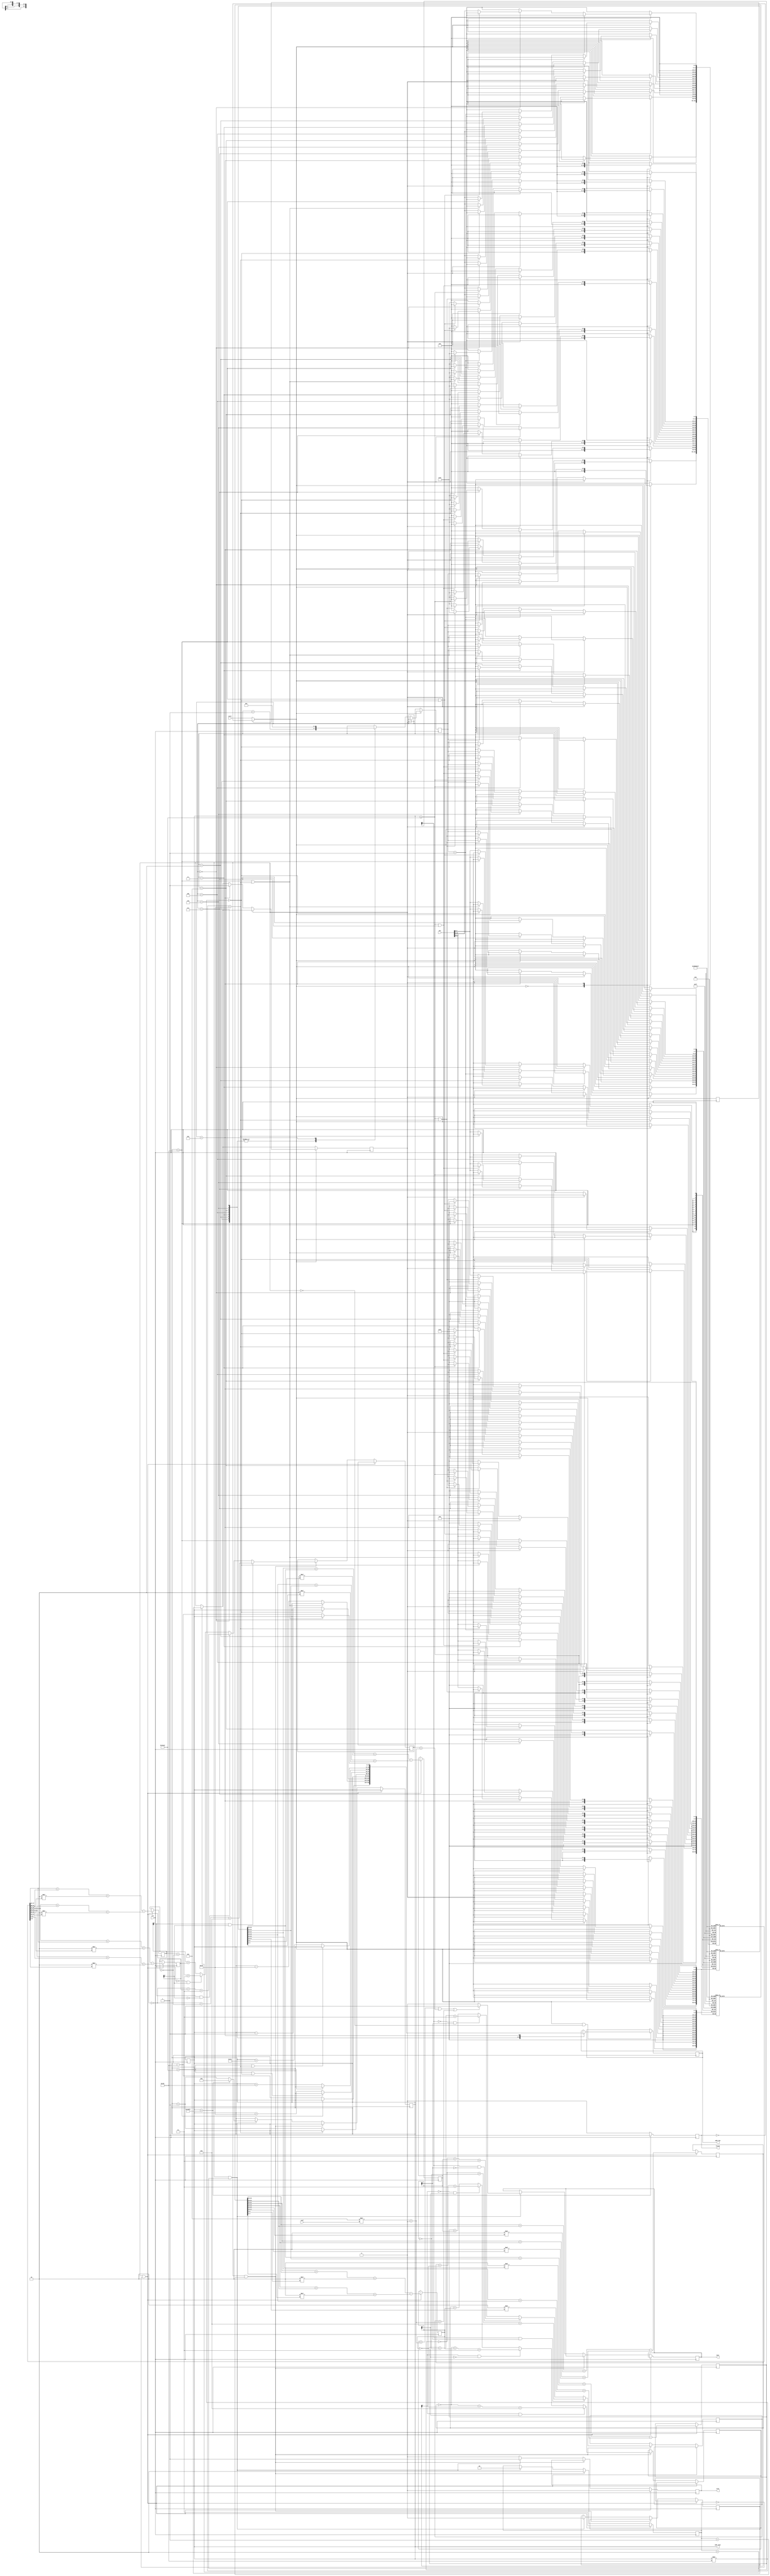
`timescale 1ns / 1ps
//////////////////////////////////////////////////////////////////////////////////
// Company: 
// Engineer: 
// 
// Design Name: 
// Module Name: sobel_op
// Project Name: 
// Target Devices: 
// Tool Versions: 
// Description: 
// 
// Dependencies: 
// 
// Revision:
// Revision 0.01 - File Created
// Additional Comments:
// 
//////////////////////////////////////////////////////////////////////////////////


module sobel_op(
    input clk,
    input start,
    input [15:0] din,
    input [3:0] coef,
    output reg [16:0] addr_din,
    output reg [16:0] addr_dout,
    output reg dout,
    output reg wren,
    output reg finish
    );
    
    parameter [7:0] 
    cnst1 = 5,
    cnst2 = 0;
    
    initial begin
        addr_din <= 0;
        addr_dout <= 0;
        wren <= 0;
    end
    
    reg [4:0] red_data [8:0];
    reg [5:0] green_data [8:0];
    reg [4:0] blue_data [8:0];
    reg [3:0] cnt = 0;
    reg next_state = 0;
    reg state = 0;
    reg packet = 0;
    reg packet_reg = 0;
    reg signed [7:0] sobelx_red = 0;
    reg signed [7:0] sobely_red = 0;
    reg signed [7:0] sobelx_green = 0;
    reg signed [7:0] sobely_green = 0;
    reg signed [7:0] sobelx_blue = 0;
    reg signed [7:0] sobely_blue = 0;
    reg [7:0] sobel_red = 0;
    reg [7:0] sobel_green = 0;
    reg [7:0] sobel_blue = 0;
    reg [1:0] op_finish = 0;
    wire [7:0] threshold;
    assign threshold = (cnst1 * coef) + cnst2; 
    always @ (*)    begin
        if (state == 0)
            next_state <= start;
        else
            next_state <= ~finish;
    end
    
    always @ (posedge clk)  begin
        state <= next_state;
    end
    
    always @ (posedge clk)  begin
			if ( op_finish == 2)
				packet <= packet_reg;
        case (next_state)
            0:  begin
            end
            1:  begin
                if ( packet == 0 )   begin
                    case (cnt)
                        0:  begin
                           if ( (addr_dout < 320) || (addr_dout % 320 == 0) ) begin
                              red_data [cnt] <= 0;
                              green_data [cnt] <= 0;
                              blue_data [cnt] <= 0;  
                           end
                           else begin
                               red_data [cnt] <= din [15:11];
                               green_data [cnt] <= din [10:5];
                               blue_data [cnt] <= din [4:0]; 
                           end
                           cnt <= cnt + 1;
                        end
                        
                        1:  begin
                           if (addr_dout < 320)  begin
                              red_data [cnt] <= 0;
                              green_data [cnt] <= 0;
                              blue_data [cnt] <= 0;  
                           end
                           else begin
                               red_data [cnt] <= din [15:11];
                               green_data [cnt] <= din [10:5];
                               blue_data [cnt] <= din [4:0]; 
                           end
                           cnt <= cnt + 1;
                        end
                        
                        2:  begin
                           if ( (addr_dout < 320) || (addr_dout % 320 == 319) ) begin
                              red_data [cnt] <= 0;
                              green_data [cnt] <= 0;
                              blue_data [cnt] <= 0;  
                           end
                           else begin
                               red_data [cnt] <= din [15:11];
                               green_data [cnt] <= din [10:5];
                               blue_data [cnt] <= din [4:0]; 
                           end
                           cnt <= cnt + 1;
                        end 
                        
                         3:  begin
                           if (addr_dout % 320 == 0) begin
                              red_data [cnt] <= 0;
                              green_data [cnt] <= 0;
                              blue_data [cnt] <= 0;  
                           end
                           else begin
                               red_data [cnt] <= din [15:11];
                               green_data [cnt] <= din [10:5];
                               blue_data [cnt] <= din [4:0]; 
                           end
                           cnt <= cnt + 1;
                        end    
                        
                        4:  begin
                           red_data [cnt] <= din [15:11];
                           green_data [cnt] <= din [10:5];
                           blue_data [cnt] <= din [4:0]; 
                           cnt <= cnt + 1;
                        end    
                        
                        5:  begin
                           if (addr_dout % 320 == 319) begin
                              red_data [cnt] <= 0;
                              green_data [cnt] <= 0;
                              blue_data [cnt] <= 0;  
                           end
                           else begin
                               red_data [cnt] <= din [15:11];
                               green_data [cnt] <= din [10:5];
                               blue_data [cnt] <= din [4:0]; 
                           end
                           cnt <= cnt + 1;
                        end    
                        
                        6:  begin
                           if ( (addr_dout >= 76480) || (addr_dout % 320 == 0) ) begin
                              red_data [cnt] <= 0;
                              green_data [cnt] <= 0;
                              blue_data [cnt] <= 0;  
                           end
                           else begin
                               red_data [cnt] <= din [15:11];
                               green_data [cnt] <= din [10:5];
                               blue_data [cnt] <= din [4:0]; 
                           end
                           cnt <= cnt + 1;
                        end
                        
                        7:  begin
                           if (addr_dout >= 76480) begin
                              red_data [cnt] <= 0;
                              green_data [cnt] <= 0;
                              blue_data [cnt] <= 0;  
                           end
                           else begin
                               red_data [cnt] <= din [15:11];
                               green_data [cnt] <= din [10:5];
                               blue_data [cnt] <= din [4:0]; 
                           end
                           cnt <= cnt + 1;
                        end   
                        
                         8:  begin
                           if ( (addr_dout >= 76480) || (addr_dout % 320 == 319) ) begin
                              red_data [cnt] <= 0;
                              green_data [cnt] <= 0;
                              blue_data [cnt] <= 0;  
                           end
                           else begin
                               red_data [cnt] <= din [15:11];
                               green_data [cnt] <= din [10:5];
                               blue_data [cnt] <= din [4:0]; 
                           end
                           cnt <= 0;
                           packet <= 1;
                        end 
                   endcase 
                end                                                                                                                       
            end
        endcase
    end
    
    always @ (posedge clk)  begin
        if ((next_state == 1) && (packet == 0))  begin
            case (cnt)
                0:
                    if (addr_dout <320)
                        addr_din <= addr_dout;
                    else
                        addr_din <= addr_dout - 320;
                        
                1:
                    if ((addr_dout < 320) || (addr_dout % 320 == 319))
                        addr_din <= addr_dout;
                    else
                        addr_din <= addr_dout - 319;

                2:
                    if (addr_dout % 320 == 0)
                        addr_din <= addr_dout;
                    else
                        addr_din <= addr_dout - 1; 
                        
                3:
                    addr_din <= addr_dout;
                    
                4:
                    if (addr_dout % 320 == 319)
                        addr_din <= addr_dout;
                    else
                        addr_din <= addr_dout + 1; 
                        
                5:
                    if ((addr_dout > 76480) || (addr_dout % 320 == 0))
                        addr_din <= addr_dout;
                    else
                        addr_din <= addr_dout + 319;  
                        
                6:
                    if (addr_dout > 76480)
                        addr_din <= addr_dout;
                    else
                        addr_din <= addr_dout + 320;      
                        
                7:
                    if ((addr_dout > 76480) || (addr_dout % 320 == 319))
                        addr_din <= addr_dout;
                    else
                        addr_din <= addr_dout + 321;
                        
                8:
                    if ((addr_dout < 320) || (addr_dout % 320 == 319))
                        addr_din <= addr_dout;
                    else
                        addr_din <= addr_dout - 320;    
                                                                                                                                                            
            endcase
        end
        
        else    begin
            addr_dout <= addr_dout;
            addr_din <= addr_din;
        end
    end
    
    always @ (posedge clk)  begin
        if (packet && op_finish == 0) begin
        sobelx_red <= ( red_data[2] + red_data[8] + 2 * red_data[5] ) - ( red_data[0] + red_data[6] + 2 * red_data[3] ); 
        sobelx_green <= ( green_data[2] + green_data[8] + 2 * green_data[5] ) - ( green_data[0] + green_data[6] + 2 * green_data[3] );  
        sobelx_blue <= ( blue_data[2] + blue_data[8] + 2 * blue_data[5] ) - ( blue_data[0] + blue_data[6] + 2 * blue_data[3] ); 
        sobely_red <= ( red_data[0] + red_data[2] + 2 * red_data[1] ) - ( red_data[6] + red_data[8] + 2 * red_data[7] );
        sobely_green <= ( green_data[0] + green_data[2] + 2 * green_data[1] ) - ( green_data[6] + green_data[8] + 2 * green_data[7] );
        sobely_blue <= ( blue_data[0] + blue_data[2] + 2 * blue_data[1] ) - ( blue_data[6] + blue_data[8] + 2 * blue_data[7] );
        op_finish <= 1;
        wren <= 0;
        end
        
        else if (packet && op_finish == 1)  begin
            if (sobelx_red[7] && sobely_red[7])
                sobel_red <= ~sobelx_red + ~sobely_red + 2;
            else if (sobelx_red[7] && ~sobely_red[7]) 
                sobel_red <= ~sobelx_red + sobely_red + 1;
            else if (~sobelx_red[7] && sobely_red[7]) 
                sobel_red <= sobelx_red + ~sobely_red + 1; 
            else
                sobel_red <= sobelx_red + sobely_red;               

            if (sobelx_green[7] && sobely_green[7])
                sobel_green <= ~sobelx_green + ~sobely_green + 2;
            else if (sobelx_green[7] && ~sobely_green[7]) 
                sobel_green <= ~sobelx_green + sobely_green + 1;
            else if (~sobelx_green[7] && sobely_green[7]) 
                sobel_green <= sobelx_green + ~sobely_green + 1; 
            else
                sobel_green <= sobelx_green + sobely_green; 

            if (sobelx_blue[7] && sobely_blue[7])
                sobel_blue <= ~sobelx_blue + ~sobely_blue + 2;
            else if (sobelx_blue[7] && ~sobely_blue[7]) 
                sobel_blue <= ~sobelx_blue + sobely_blue + 1;
            else if (~sobelx_blue[7] && sobely_blue[7]) 
                sobel_blue <= sobelx_blue + ~sobely_blue + 1; 
            else
                sobel_blue <= sobelx_blue + sobely_blue;
            op_finish <= 2;
        end
        
        else if (packet && op_finish == 2)  begin
            if ( (sobel_red > threshold) || (sobel_green > threshold) || (sobel_blue > threshold) )  begin
                dout <= 1;
                wren <= 1;
                packet_reg <= 0;
                op_finish <= 0;
            end
            
            else    begin
                dout <= 0;
                wren <= 1;
                packet_reg <= 0;
                op_finish <= 0;
            end
				if (addr_dout == 76799)
					addr_dout <= 0;
				else
					addr_dout <= addr_dout + 1;
        end 
					
      else 
        wren <= 0;
    end
	
	 always @ ( posedge clk )
		if ( addr_dout == 76799 )
			finish <= 1;
		else 
			finish <= 0;
			
endmodule